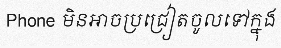
Phone មិនអាចប្រជ្រៀតចូលទៅក្នុង